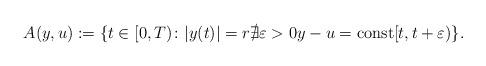
LaTeX: \begin{align*} A(y,u) := \{t \in [0, T) \colon | y (t)| = r \nexists \varepsilon > 0 y - u = \mathrm{const} [t, t + \varepsilon)\}.\end{align*}